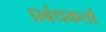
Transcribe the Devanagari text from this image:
प्रबंधकर्त्ता